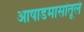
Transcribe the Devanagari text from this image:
आषाडमासांतूले